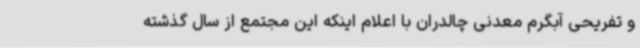
و تفریحی آبگرم معدنی چالدران با اعلام اینکه این مجتمع از سال گذشته